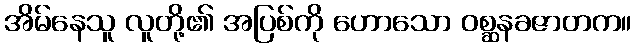
အိမ်နေသူ လူတို့၏ အပြစ်ကို ဟောသော ဝစ္ဆနခဇာတက။